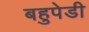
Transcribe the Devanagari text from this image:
बहुपेडी